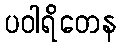
ပဝါရိတေန